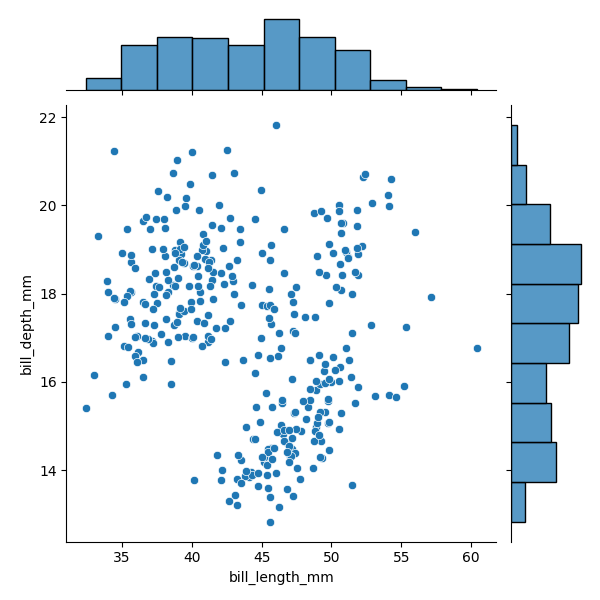
python, seaborn, JointGrid, scatterplot, histplot